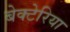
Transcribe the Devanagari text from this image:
बेक्टेरिया